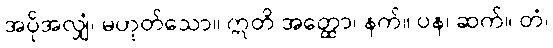
အပိုအလျှံ၊ မဟုတ်သော။ ဣတိ အတ္ထော၊ နက်။ ပန၊ ဆက်။ တံ၊